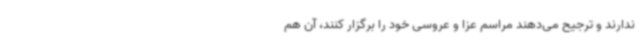
ندارند و ترجیح می‌دهند مراسم عزا و عروسی خود را برگزار کنند، آن هم